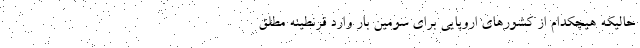
حالیکه هیچکدام از کشورهای اروپایی برای سومین بار وارد قرنطینه مطلق